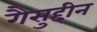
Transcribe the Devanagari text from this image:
गैसुद्दीन